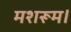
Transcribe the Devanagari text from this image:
मशरूम।